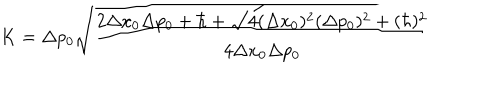
K = \Delta p _ { 0 } \sqrt { \frac { 2 \Delta x _ { 0 } \Delta p _ { 0 } + \hbar + \sqrt { 4 ( \Delta x _ { 0 } ) ^ { 2 } ( \Delta p _ { 0 } ) ^ { 2 } + ( \hbar ) ^ { 2 } } } { 4 \Delta x _ { 0 } \Delta p _ { 0 } } }